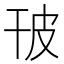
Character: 𤿊